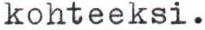
kohteeksi.